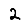
Digit: 2